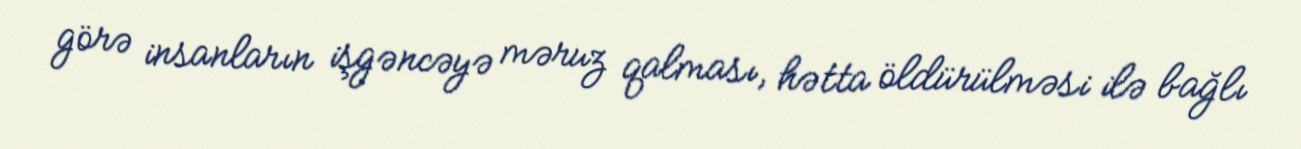
görə insanların işgəncəyə məruz qalması, hətta öldürülməsi ilə bağlı